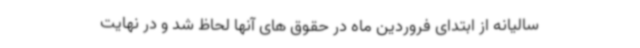
سالیانه از ابتدای فروردین ماه در حقوق های آنها لحاظ شد و در نهایت